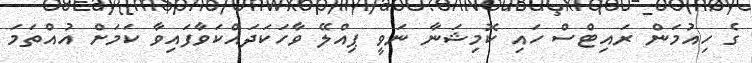
ގެ ހިއުމަން ރައިޓްސް ހައި ކޮމިޝަނާ ނަވީ ޕިއްލޭ ވާހަކަދައްކަވާފައިވާ ކަމަށް އުއްތަމަ